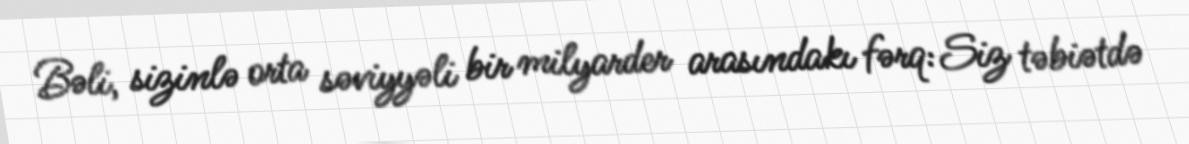
Bəli, sizinlə orta səviyyəli bir milyarder arasındakı fərq: Siz təbiətdə